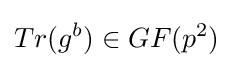
Tr(g^{b})\in GF(p^{2})